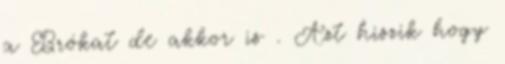
a Brókat de akkor is . Azt hiszik hogy